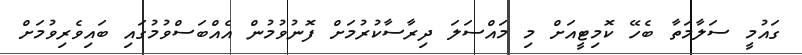
ގައުމީ ސަލާމަތާ ބެހޭ ކޮމިޓީއަށް މި މައްސަލަ ދިރާސާކުރުމަށް ފޮނުވުމުން އެއްބަސްވުމުގައި ބައިވެރިވުމަށް